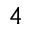
_ 4